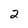
Character: 2